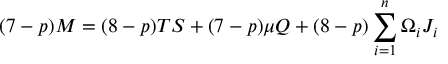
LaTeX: ( 7 - p ) M = ( 8 - p ) T S + ( 7 - p ) \mu Q + ( 8 - p ) \sum _ { i = 1 } ^ { n } \Omega _ { i } J _ { i }